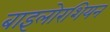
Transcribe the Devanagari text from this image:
बाइलोरशियन